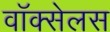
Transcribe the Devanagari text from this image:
वॉक्सेलस